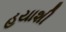
હયાશી